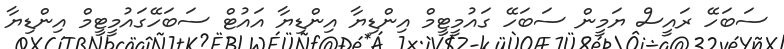
ސަބަހޭ ރައީސް ޔަމީން ސަބަހޭ ގައުމީޓީމް އިންޑިޔާ އިންޑިޔާ އައުޓް ސަބަހޭގައުމީޓީމް އިންޑިޔާ